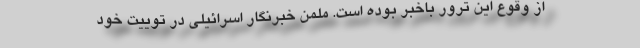
از وقوع این ترور باخبر بوده است. ملمن خبرنگار اسرائیلی در توییت خود